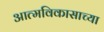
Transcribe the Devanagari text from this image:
आत्मविकासाच्या